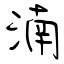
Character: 湳